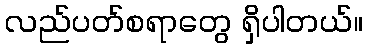
လည်ပတ်စရာတွေ ရှိပါတယ်။